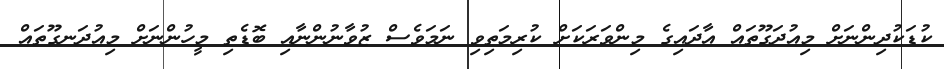
ކުޑަކުދިންނަށް މިއުދަގޫތައް އާދައިގެ މިންވަރަކަށް ކުރިމަތިވި ނަމަވެސް ޒުވާނުންނާއި ބޮޑެތި މީހުންނަށް މިއުދަނގޫތައް